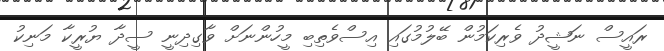
ރައީސް ނަޝީދު ވެރިކަމުން ބޭލުމުގައި އިސްވެތިބި މީހުންނަށް ވާގިދިނީ ސީދާ ޔުރީކާ މަނިކު